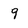
Character: 9